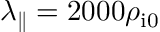
\lambda _ { \parallel } = 2 0 0 0 \rho _ { \mathrm { i 0 } }